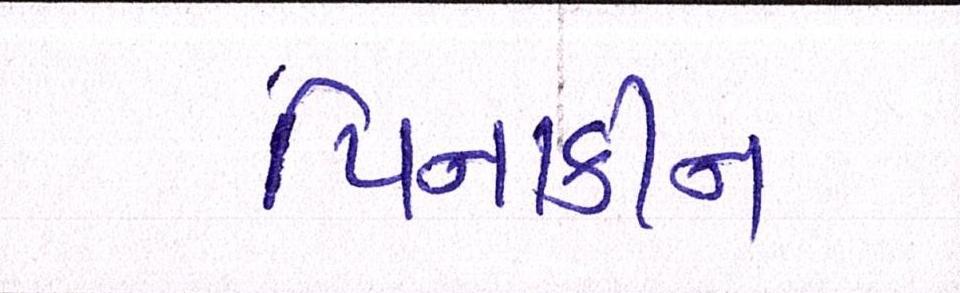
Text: પિનાકીન